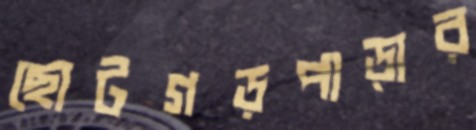
ছোটগড়পাড়ার